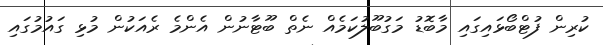
ކުރިން ފުޓްބޯޅައިގައި މާބޮޑު މަގުބޫލުކަމެއް ނެތް ބޫޓާނުން އެންމެ ރެއަކުން މުޅި ގައުމުގައި